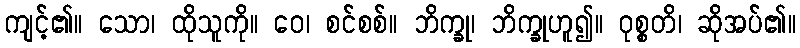
ကျင့်၏။ သော၊ ထိုသူကို။ ဝေ၊ စင်စစ်။ ဘိက္ခု၊ ဘိက္ခုဟူ၍။ ဝုစ္စတိ၊ ဆိုအပ်၏။